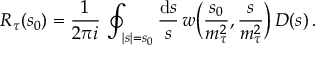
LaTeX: R _ { \tau } ( s _ { 0 } ) = { \frac { 1 } { 2 \pi i } } \, \oint _ { | s | = s _ { 0 } } { \frac { \mathrm { d } s } { s } } \, w \bigg ( { \frac { s _ { 0 } } { m _ { \tau } ^ { 2 } } } , { \frac { s } { m _ { \tau } ^ { 2 } } } \bigg ) \, D ( s ) \, .